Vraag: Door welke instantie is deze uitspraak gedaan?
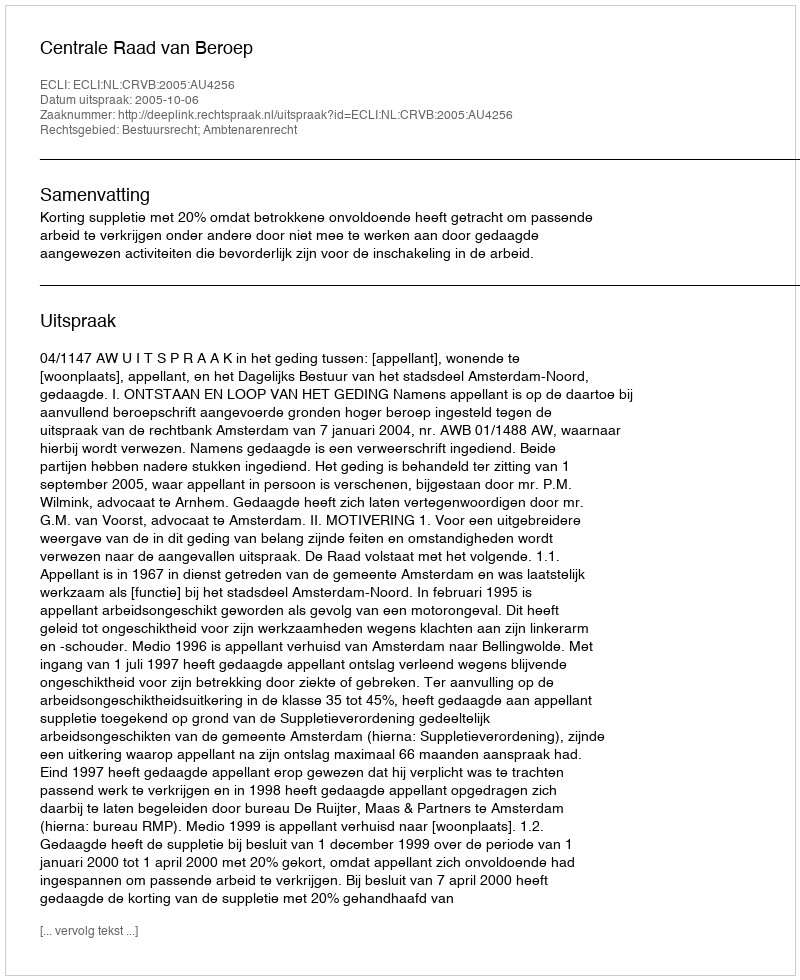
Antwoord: Centrale Raad van Beroep